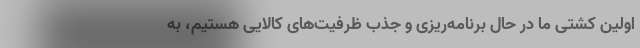
اولین کشتی ما در حال برنامه‌ریزی و جذب ظرفیت‌های کالایی هستیم، به